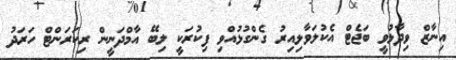
އިނާޒް ވިދާޅުވީ ބަޖެޓް އެކުލަވާލިއިރު ގެންގުޅުއްވި ފިކުރަކީ ލިބޭ އާމްދަނީން ރިކަރަންޓް ހަރަދު